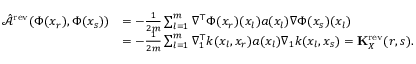
\begin{array} { r l } { \hat { \mathcal { A } } ^ { \mathrm { r e v } } ( \Phi ( x _ { r } ) , \Phi ( x _ { s } ) ) } & { = - \frac { 1 } { 2 m } \sum _ { l = 1 } ^ { m } \nabla ^ { \top } \Phi ( x _ { r } ) ( x _ { l } ) a ( x _ { l } ) \nabla \Phi ( x _ { s } ) ( x _ { l } ) } \\ & { = - \frac { 1 } { 2 m } \sum _ { l = 1 } ^ { m } \nabla _ { 1 } ^ { \top } k ( x _ { l } , x _ { r } ) a ( x _ { l } ) \nabla _ { 1 } k ( x _ { l } , x _ { s } ) = \mathbf { K } _ { X } ^ { \mathrm { r e v } } ( r , s ) . } \end{array}